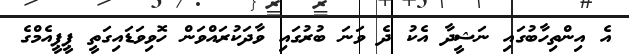
އެ އިންތިހާބުގައި ނަޝީދާ އެކު ދެ ވަނަ ބުރުގައި ވާދަކުރައްވަން ހޮވިވަޑައިގަތީ ޕީޕީއެމްގެ